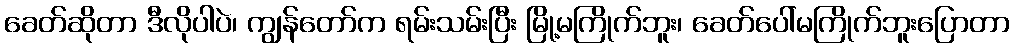
ခေတ်ဆိုတာ ဒီလိုပါပဲ၊ ကျွန်တော်က ရမ်းသမ်းပြီး မြို့မကြိုက်ဘူး၊ ခေတ်ပေါ်မကြိုက်ဘူးပြောတာ